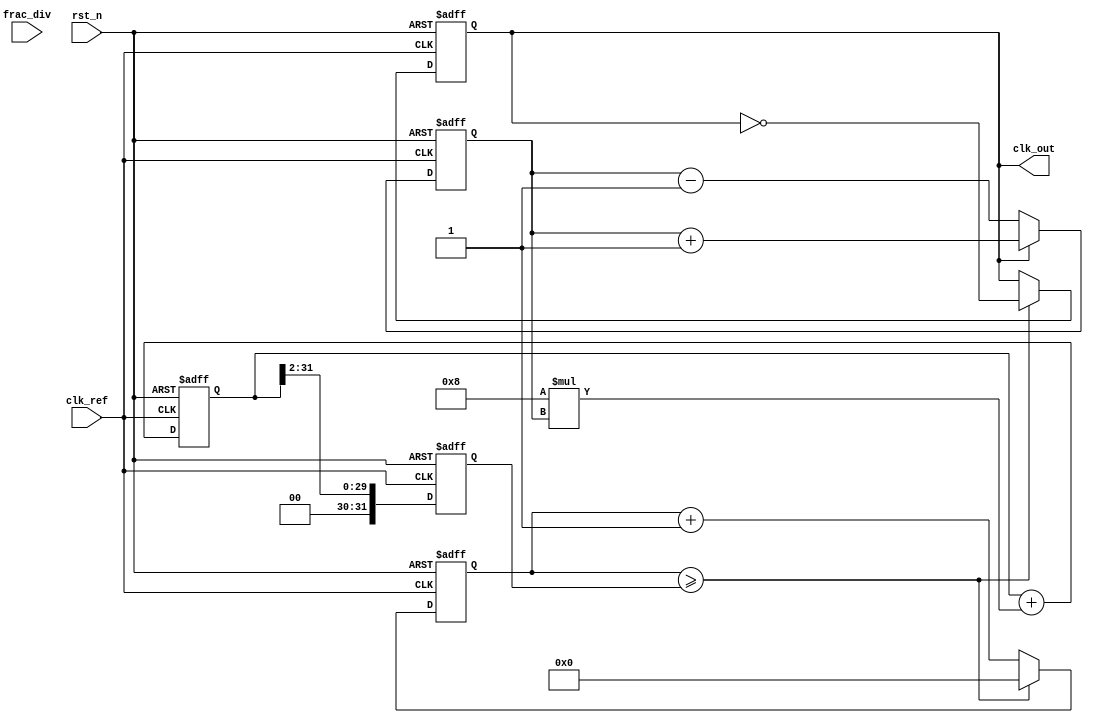
module fractional_pll (
    input wire clk_ref,        // Reference clock input
    input wire rst_n,         // Active low reset
    output reg clk_out,       // Output clock
    input wire [31:0] frac_div // Fractional division value
);

    // Parameters
    parameter N = 8;          // VCO frequency multiplier (adjustable)
    parameter FILTER_COEFF = 8; // Loop filter coefficient (simple example)

    // Internal signals
    reg [31:0] phase_err;     // Phase error output from PFD
    reg [31:0] loop_filter;   // Output of the loop filter
    reg [31:0] vco_freq;      // VCO frequency control
    reg [31:0] vco_counter;    // VCO counter to generate output clock
    reg [31:0] fractional_count; // Counter for fractional division

    // Phase Detector (PFD)
    always @(posedge clk_ref or negedge rst_n) begin
        if (!rst_n) begin
            phase_err <= 0;
        end else begin
            // Simple phase comparison logic
            // Assuming clk_out is used to compare phase
            if (clk_out) begin
                phase_err <= phase_err + 1; // increment error if clk_out is high
            end else begin
                phase_err <= phase_err - 1; // decrement error if clk_out is low
            end
        end
    end

    // Loop Filter (simple first-order filter)
    always @(posedge clk_ref or negedge rst_n) begin
        if (!rst_n) begin
            loop_filter <= 0;
        end else begin
            loop_filter <= loop_filter + (FILTER_COEFF * phase_err);
        end
    end

    // Voltage-Controlled Oscillator (VCO)
    always @(posedge clk_ref or negedge rst_n) begin
        if (!rst_n) begin
            vco_freq <= 0;
            vco_counter <= 0;
            clk_out <= 0;
        end else begin
            // Control VCO frequency based on loop filter output
            vco_freq <= loop_filter >> 2; // Example scaling

            // VCO frequency generation
            if (vco_counter >= vco_freq) begin
                clk_out <= ~clk_out; // Toggle clock output
                vco_counter <= 0;
            end else begin
                vco_counter <= vco_counter + 1;
            end
        end
    end

    // Fractional Divider (simple implementation)
    always @(posedge clk_out or negedge rst_n) begin
        if (!rst_n) begin
            fractional_count <= 0;
        end else begin
            fractional_count <= fractional_count + 1;

            // Divide by the fractional value
            if (fractional_count >= frac_div) begin
                fractional_count <= 0;
                // Here you can implement output of divided signal if needed
            end
        end
    end

endmodule